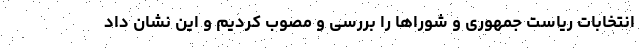
انتخابات ریاست جمهوری و شوراها را بررسی و مصوب کردیم و این نشان داد